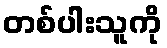
တစ်ပါးသူကို